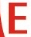
E